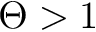
\Theta > 1